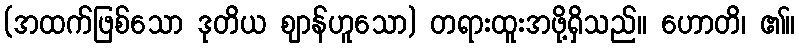
(အထက်ဖြစ်သော ဒုတိယ ဈာန်ဟူသော) တရားထူးအဖို့ရှိသည်။ ဟောတိ၊ ၏။